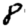
Digit: 8